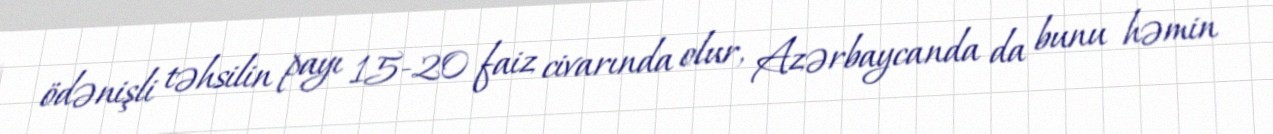
ödənişli təhsilin payı 15-20 faiz civarında olur, Azərbaycanda da bunu həmin